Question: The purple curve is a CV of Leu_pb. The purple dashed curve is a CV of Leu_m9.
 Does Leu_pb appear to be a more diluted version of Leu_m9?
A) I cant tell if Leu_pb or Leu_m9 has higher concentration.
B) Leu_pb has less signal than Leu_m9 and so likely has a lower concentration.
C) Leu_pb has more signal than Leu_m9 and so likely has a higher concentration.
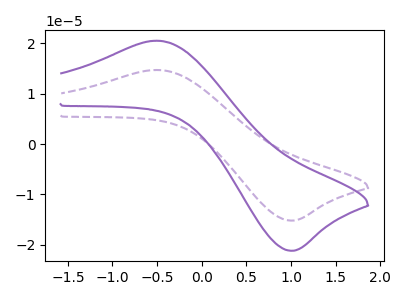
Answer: <think>The purple curve "Leu_pb" has an anodic peak at (-0.50V, 20.55uA) and a cathodic peak at (1.00V, -21.20uA). The purple dashed curve "Leu_m9" has an anodic peak at (-0.50V, 14.75uA) and a cathodic peak at (1.00V, -15.20uA).
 All the peaks in "Leu_pb" have a peak in "Leu_m9" at the same potential. Every peak in "Leu_pb" is higher than every peak in "Leu_m9".</think>
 <answer>C) "Leu_pb" has more signal than "Leu_m9" and so likely has a higher concentration.</answer>
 <eval>C</eval>